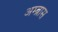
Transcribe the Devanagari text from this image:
अम्ब्रास